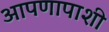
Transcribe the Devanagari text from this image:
आपणापाशी